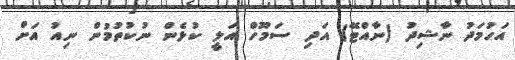
އަހުމަދު ނާޝިދު (ނާއްޓޭ) އަދި ސަމޫހް އަލީ ކުޅެން ނުކުތުމުން ނިއު އަށް